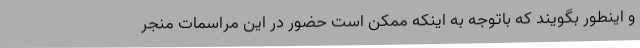
و اینطور بگویند که باتوجه به اینکه ممکن است حضور در این مراسمات منجر